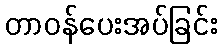
တာဝန်ပေးအပ်ခြင်း